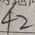
4 2